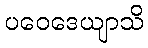
ပဝေဒေယျာသိ